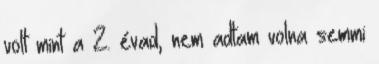
volt mint a 2. évad, nem adtam volna semmi